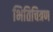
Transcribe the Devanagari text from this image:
भितिचित्रण